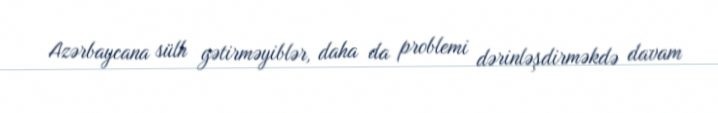
Azərbaycana sülh gətirməyiblər, daha da problemi dərinləşdirməkdə davam